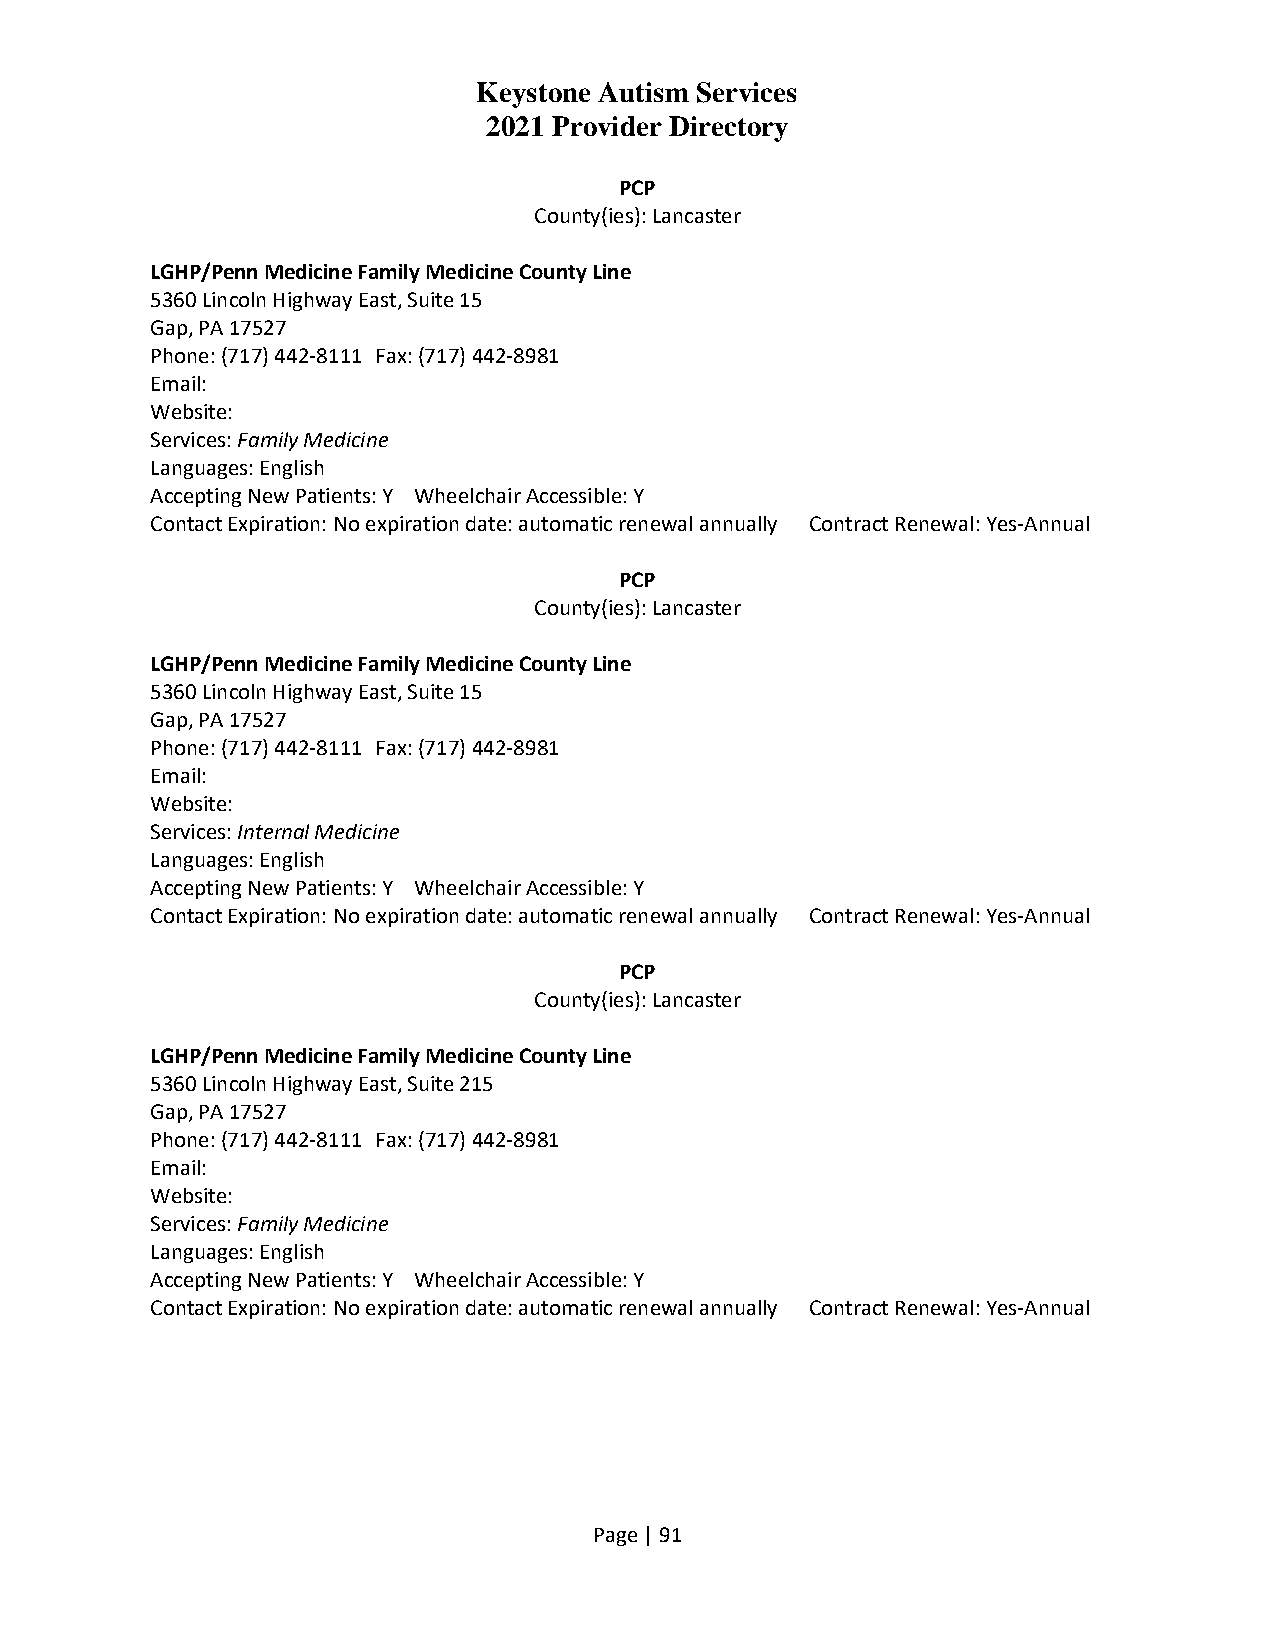
Keystone Autism Services
 2021 Provider Directory
 PCP
 County(ies): Lancaster
 LGHP/Penn Medicine Family Medicine County Line
 5360 Lincoln Highway East, Suite 15
 Gap, PA 17527
 Phone: (717) 442-8111 Fax: (717) 442-8981
 Email:
 Website:
 Services: Family Medicine
 Languages: English
 Accepting New Patients: Y Wheelchair Accessible: Y
 Contact Expiration: No expiration date: automatic renewal annually Contract Renewal: Yes-Annual
 PCP
 County(ies): Lancaster
 LGHP/Penn Medicine Family Medicine County Line
 5360 Lincoln Highway East, Suite 15
 Gap, PA 17527
 Phone: (717) 442-8111 Fax: (717) 442-8981
 Email:
 Website:
 Services: Internal Medicine
 Languages: English
 Accepting New Patients: Y Wheelchair Accessible: Y
 Contact Expiration: No expiration date: automatic renewal annually Contract Renewal: Yes-Annual
 PCP
 County(ies): Lancaster
 LGHP/Penn Medicine Family Medicine County Line
 5360 Lincoln Highway East, Suite 215
 Gap, PA 17527
 Phone: (717) 442-8111 Fax: (717) 442-8981
 Email:
 Website:
 Services: Family Medicine
 Languages: English
 Accepting New Patients: Y Wheelchair Accessible: Y
 Contact Expiration: No expiration date: automatic renewal annually Contract Renewal: Yes-Annual
 Page | 91